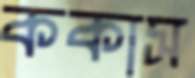
ককাস